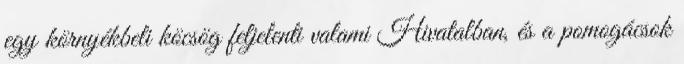
egy környékbeli köcsög feljelenti valami Hivatalban, és a pomogácsok